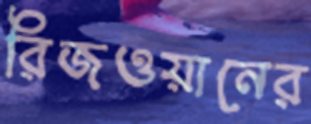
রিজওয়ানের